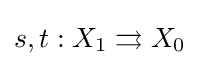
s,t:X_{1}\rightrightarrows X_{0}